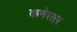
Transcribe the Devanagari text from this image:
कनेरसर